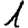
Digit: 1